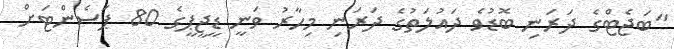
"ބަޖެޓްގެ ދަރަނި ބޮޑުވެ ދައުލަތުގެ ދަރަނި މިހާރު ވަނީ ޑީޖީޕީގެ 80 ޕަސެންޓަށް